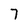
Character: 7